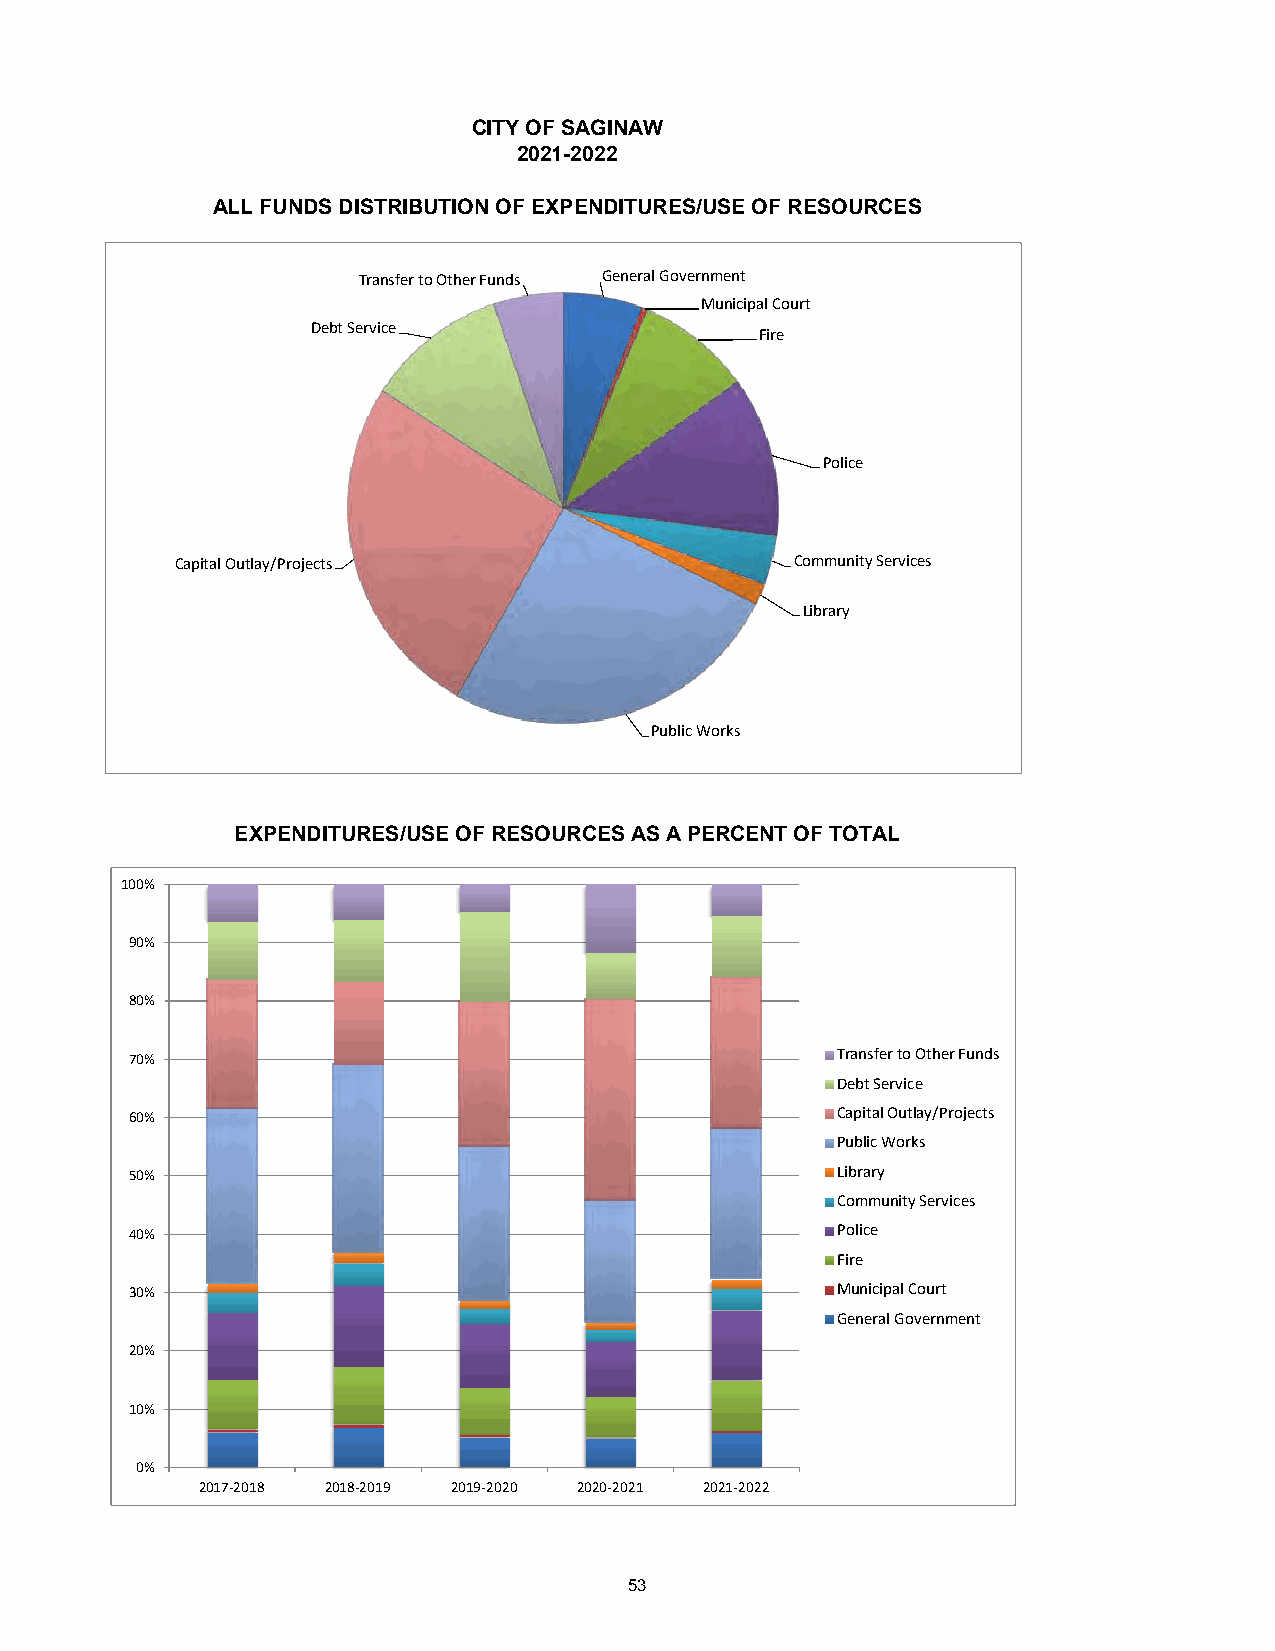
CITY OF SAGINAW
 2021-2022
 ALL FUNDS DISTRIBUTION OF EXPENDITURES/USE OF RESOURCES
 Transfer to Other Funds General Government
 Municipal Court
 Debt Service
 Fire
 Police
 Capital Outlay/Projects                  Community Services
 Library
 Public Works
 EXPENDITURES/USE OF RESOURCES AS A PERCENT OF TOTAL
 100%
 90%
 80%
 70%                                           Transfer to Other Funds
 Debt Service
 60%                                           Capital Outlay/Projects
 Public Works
 50%                                           Library
 Community Services
 40%                                           Police
 Fire
 30%                                           Municipal Court
 General Government
 20%
 10%
 0%
 2017-2018 2018-2019 2019-2020 2020-2021 2021-2022
 53